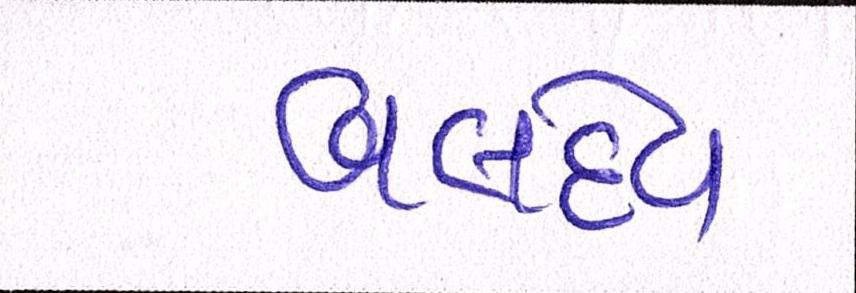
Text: બલદેવ